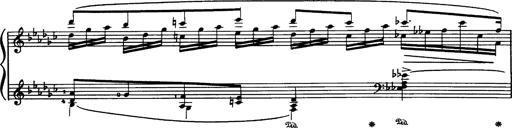
Title: Danza sacra e duetto finale dâ€™Aida
Composer: Franz Liszt